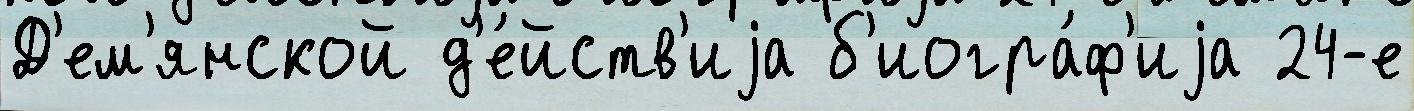
Д'ем'янской д'е́йств'иjа б'иогра́ф'иjа 24-е